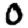
Digit: 0